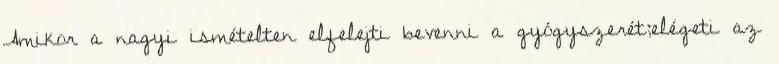
Amikor a nagyi ismételten elfelejti bevenni a gyógyszerét;elégeti az